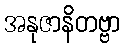
အနုဇာနိတဗ္ဗာ